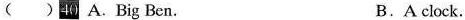
( )40 A .Big Ben. B. A clock.